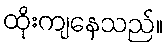
ထိုးကျနေသည်။